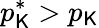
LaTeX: p_{\mathsf{K}}^{*}>p_{\mathsf{K}}